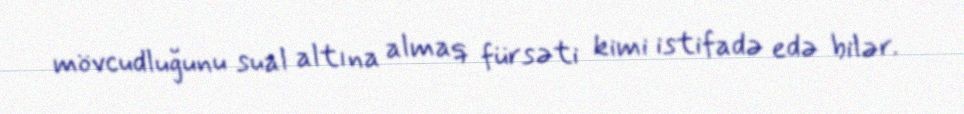
mövcudluğunu sual altına almaq fürsəti kimi istifadə edə bilər.